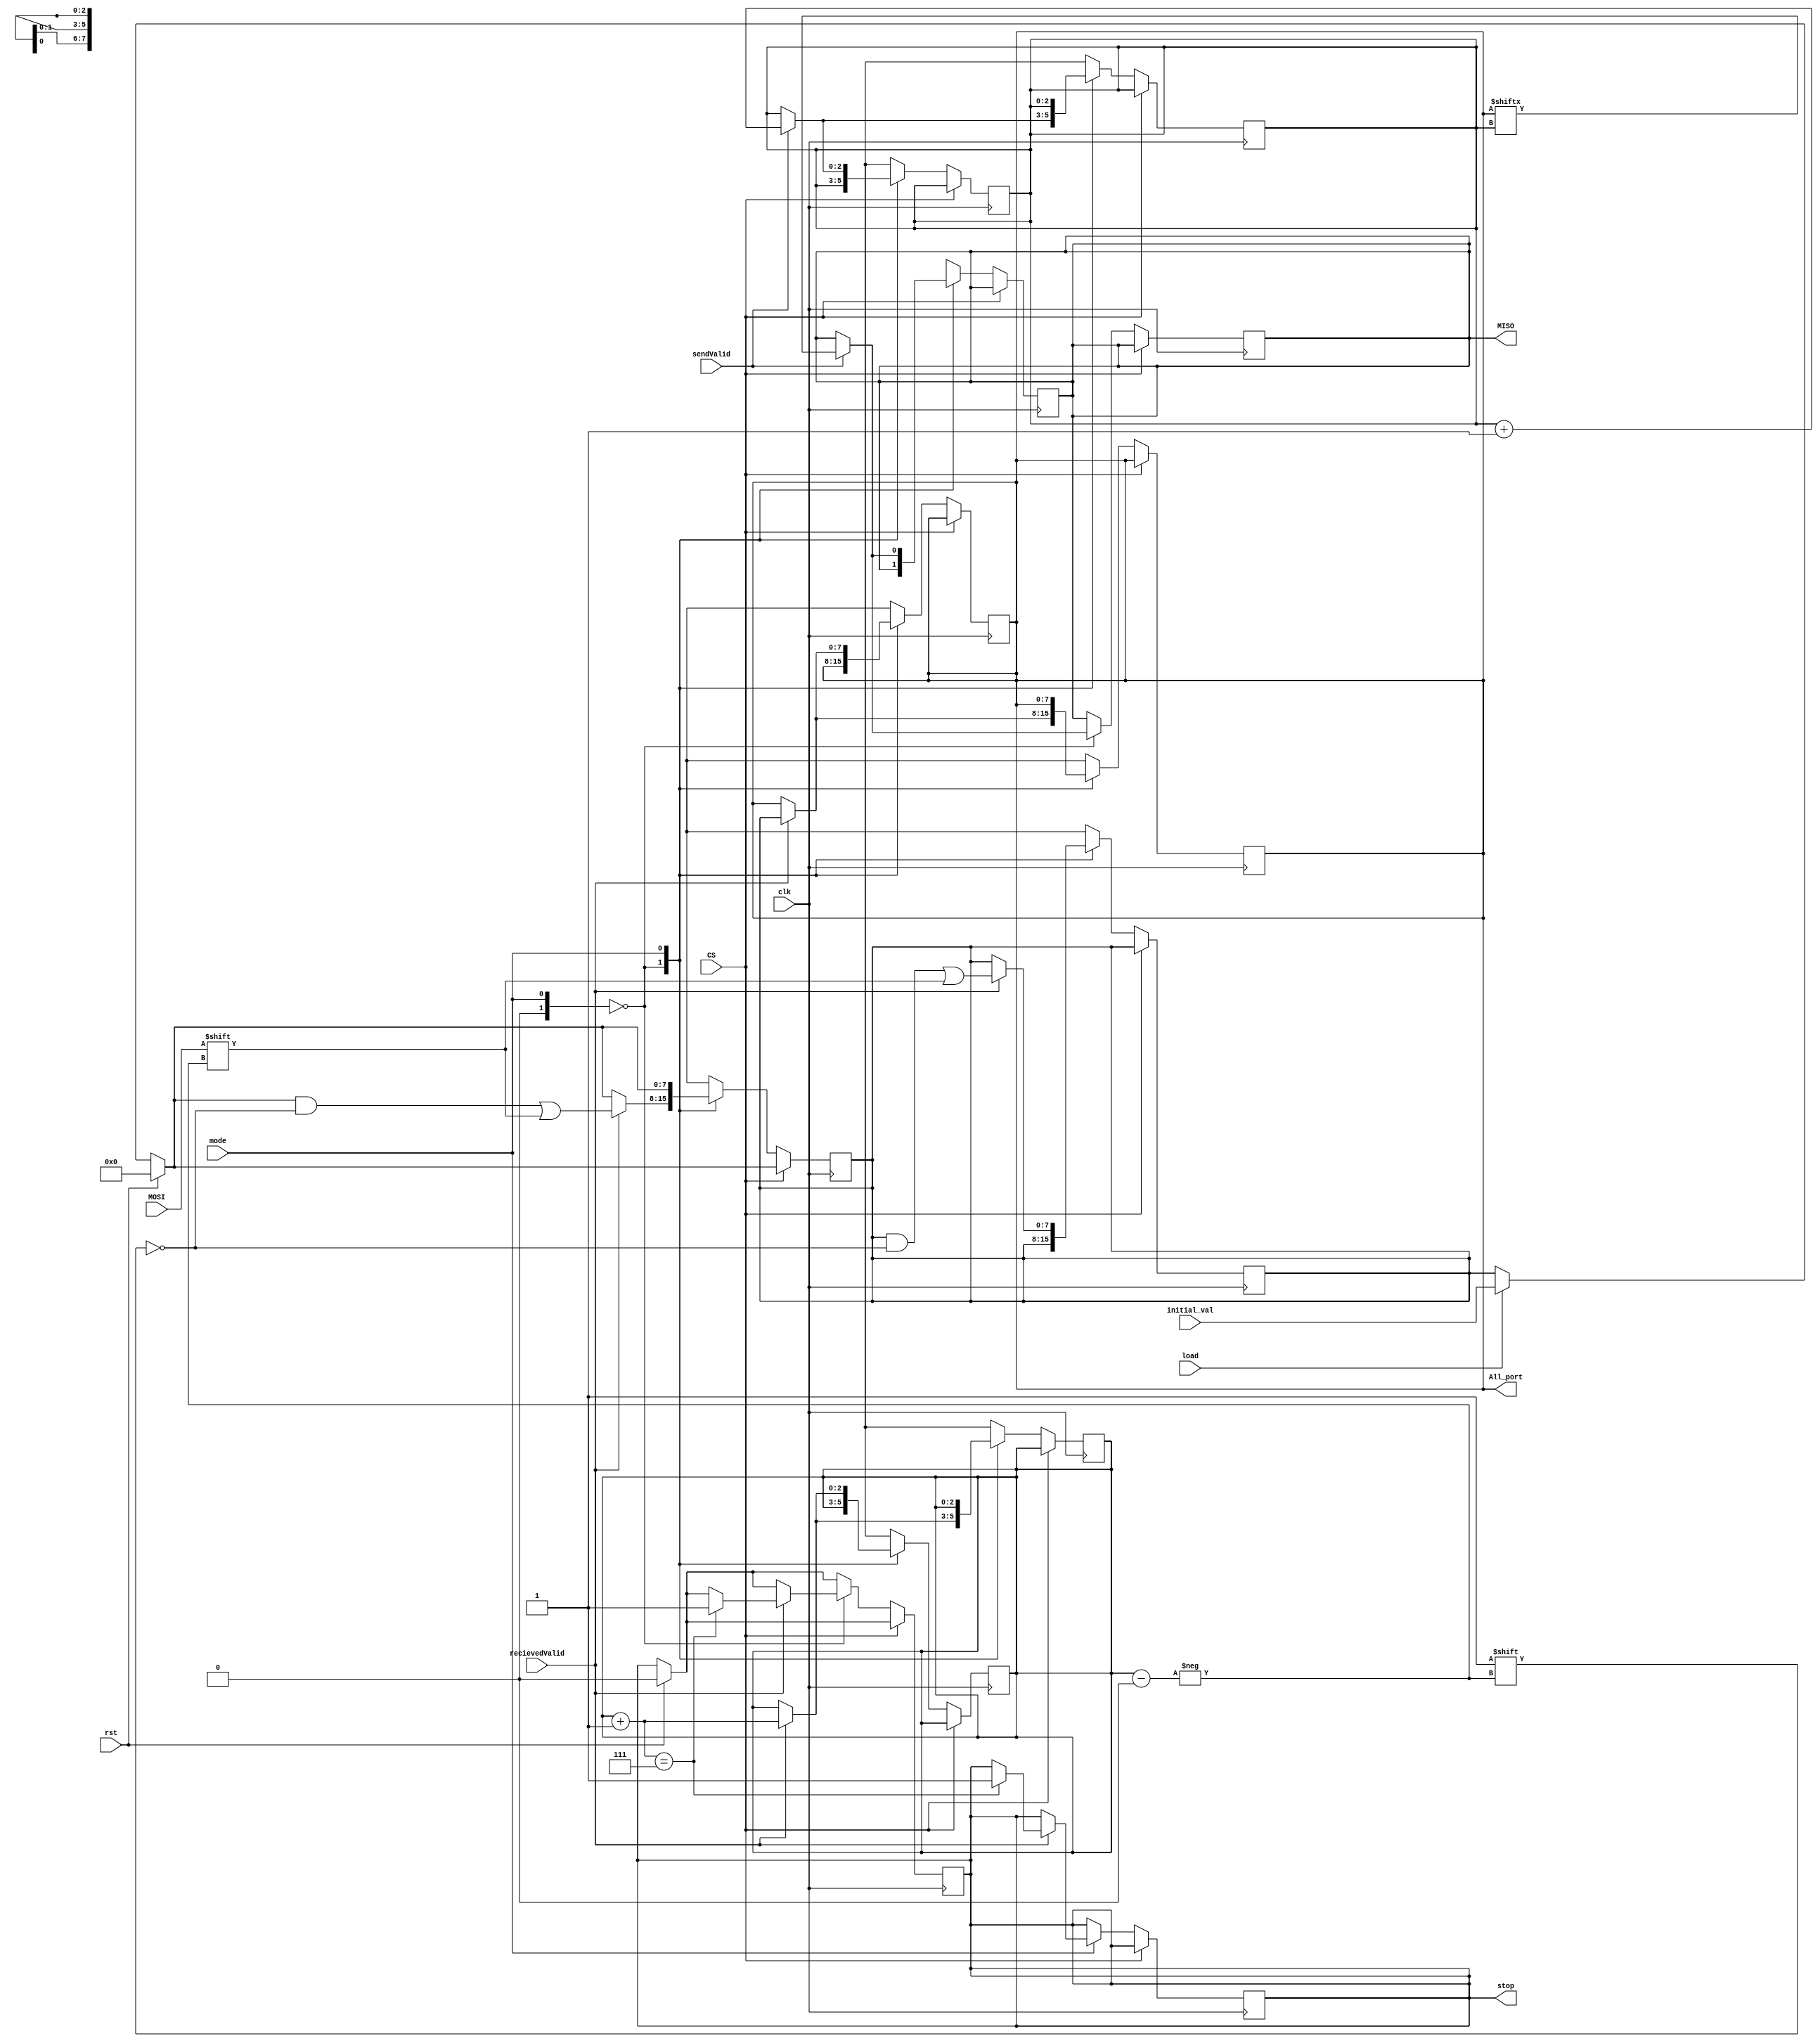
module spi_slave
 ( input clk , 
   input rst ,
   input load,
   input mode,
   input CS   , 
   input sendValid ,
   input recievedValid , 
   input  MOSI,
   output reg MISO ,  
   output reg [7:0] All_port , 
   output reg stop,
   input  [7:0] initial_val 
) ; 
wire CPOL;     
wire CPHA;
assign CPOL  = (mode == 2) | (mode == 3);
assign CPHA  = (mode == 1) | (mode == 3);
reg [7:0] int_data ; 
reg [2:0] recieved_bit_count = 3'b000  ; 
reg [2:0] send_bit_count = 3'b000 ;  
 always @(posedge clk )
 begin 
			if (rst) 
				begin 
				recieved_bit_count <= 0 ; 
 				send_bit_count	<= 0 ; 
				int_data	<= 0 ; 
				All_port 	<= 0 ; 
				 stop           <= 0  ; 
					end
					else if (load)
					begin
					  All_port <= initial_val;
					  int_data<=initial_val;
					end 
			 if ( !CS  ) 
						case ( {CPOL , CPHA }) 
						2'b00 : if ( recievedValid ) 
								begin 
									int_data[recieved_bit_count] <= MOSI ;
										All_port = int_data ;  
									recieved_bit_count  = recieved_bit_count+1 ; 
 									if ( recieved_bit_count == 3'b111)
										stop <= 1 ;
	    							end 
						2'b01 : if ( sendValid)
								begin
									MISO <= All_port[send_bit_count] ;
									send_bit_count = send_bit_count +1 ;
    					    			  end		

						2'b10 :if ( recievedValid ) 
								begin 
									int_data[recieved_bit_count] <= MOSI ; 
									All_port = int_data ;  
									recieved_bit_count  = recieved_bit_count+1 ; 
 									if ( recieved_bit_count == 3'b111)
										stop <= 1 ; 
	    							end 
						2'b11 : if ( sendValid)
								begin
									MISO =  All_port [send_bit_count] ;
									send_bit_count = send_bit_count +1 ; 
    					    			  end		
						endcase 

				end

always@(negedge clk ) 
begin
		if ( !CS ) 
			begin 
			case ({CPOL , CPHA })

			2'b00 :if ( sendValid)
					begin
							MISO <= All_port[send_bit_count] ;
							send_bit_count = send_bit_count +1 ; 
    					  end	
			2'b01 :  if ( recievedValid ) 
								begin 
									int_data[recieved_bit_count] <= MOSI ;
										All_port = int_data ;  
									recieved_bit_count  = recieved_bit_count+1 ; 
 									if ( recieved_bit_count == 3'b111)
										stop <= 1 ; 

								end 

			2'b10 :if ( sendValid)
					                      begin

							       MISO <= All_port[send_bit_count] ;
							       send_bit_count = send_bit_count +1 ; 
    					                        
                    						 end		
			2'b11 : if ( recievedValid ) 
								begin 
									int_data[recieved_bit_count] <= MOSI ;
										All_port = int_data ;  
									recieved_bit_count  = recieved_bit_count+1 ; 
 									if ( recieved_bit_count == 3'b111)
										stop <= 1 ;
								end 

			endcase  
	end 
 end 
endmodule